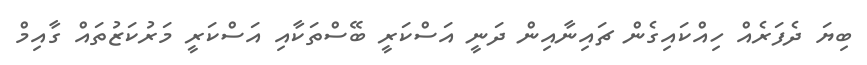
ބިޔަ ދެފަރެއް ހިއްކައިގެން ޗައިނާއިން ދަނީ އަސްކަރީ ބޭސްތަކާއި އަސްކަރީ މަރުކަޒުތައް ގާއިމް